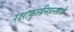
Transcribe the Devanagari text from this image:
रक्षःकुलनिहन्तारौ